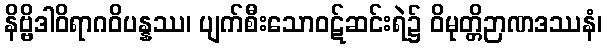
နိဗ္ဗိဒါဝိရာဂဝိပန္နဿ၊ ပျက်စီးသောဝဋ်ဆင်းရဲ၌ ဝိမုတ္တိဉာဏဒဿနံ၊